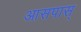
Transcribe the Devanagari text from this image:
आसपास्